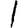
Digit: 1